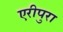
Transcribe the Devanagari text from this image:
एरीपुरा